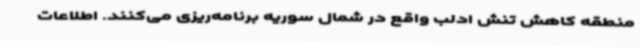
منطقه کاهش تنش ادلب واقع در شمال سوریه برنامه‌ریزی می‌کنند. اطلاعات